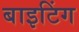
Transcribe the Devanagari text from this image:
बाइटिंग